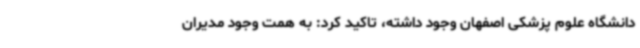
دانشگاه علوم پزشکی اصفهان وجود داشته، تاکید کرد: به همت وجود مدیران